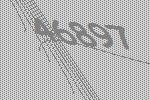
46897